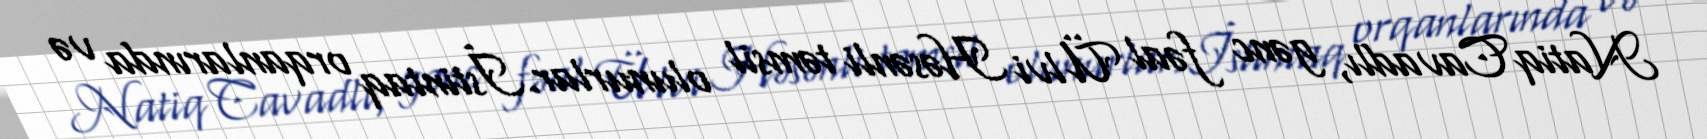
Natiq Cavadlı, gənc fəal Ülvi Həsənli təmsil olunurlar.İstintaq orqanlarında və